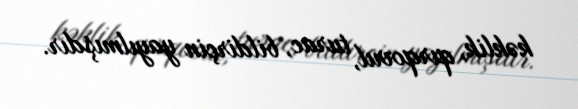
kəklik, qırqovul, turac, bildirçin yayılmışdır.